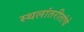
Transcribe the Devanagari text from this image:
स्थलांतरीतांचे